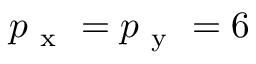
p _ { \mathrm { ~ x ~ } } = p _ { \mathrm { ~ y ~ } } = 6